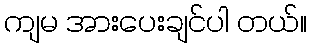
ကျမ အားပေးချင်ပါ တယ်။